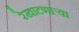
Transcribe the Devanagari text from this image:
रेखाटणाऱ्या